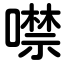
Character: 噤